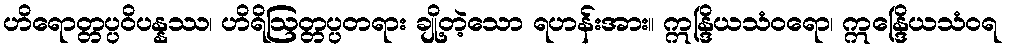
ဟိရောတ္တပ္ပဝိပန္နဿ၊ ဟိရိဩတ္တပ္ပတရား ချို့တဲ့သော ရဟန်းအား။ ဣန္ဒြိယသံဝရော၊ ဣန္ဒြေိယသံဝရ